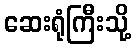
ဆေးရုံကြီးသို့